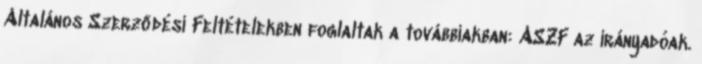
Általános Szerződési Feltételekben foglaltak a továbbiakban: ÁSZF az irányadóak.